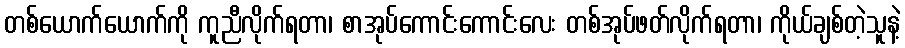
တစ်ယောက်ယောက်ကို ကူညီလိုက်ရတာ၊ စာအုပ်ကောင်းကောင်းလေး တစ်အုပ်ဖတ်လိုက်ရတာ၊ ကိုယ်ချစ်တဲ့သူနဲ့